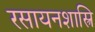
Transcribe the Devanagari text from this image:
रसायनशास्त्रि